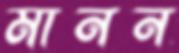
মানন